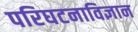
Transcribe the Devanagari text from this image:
परिघटनाविज्ञान